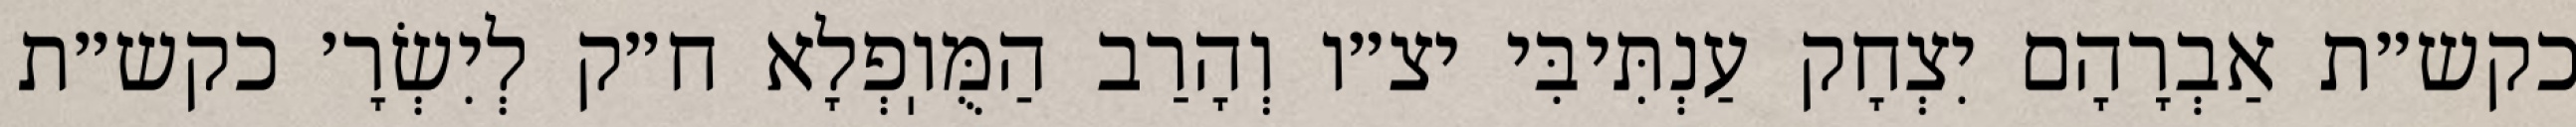
כקש״ת אַבְרָהָם יִצְחָק עַנְתִּיבִּי יצ״ו וְהָרַב הַמֻּוֽפְלָא ח״ק לְיִשְׂרָ׳ כקש״ת